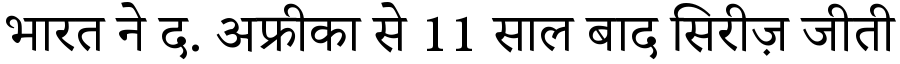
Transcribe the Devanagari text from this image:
भारत ने द. अफ्रीका से 11 साल बाद सिरीज़ जीती